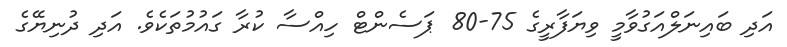
އަދި ބައިނަލްއަގުވާމީ ވިޔަފާރީގެ 75-80 ޕަސެންޓް ހިއްސާ ކުރާ ގައުމުތަކެވެ. އަދި ދުނިޔޭގެ